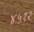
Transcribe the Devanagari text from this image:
४५१२